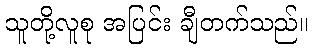
သူတို့လူစု အပြင်း ချီတက်သည်။